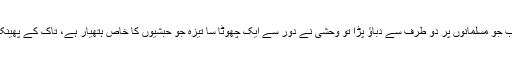
اب جو مسلمانوں پر دو طرف سے دباؤ پڑا تو وحشی نے دور سے ایک چھوٹا سا تیزہ جو حبشیوں کا خاص ہتھیار ہے، تاک کے پھینکا۔